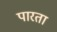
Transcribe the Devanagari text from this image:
पारता